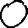
Digit: 0